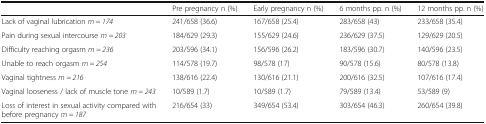
|  | Pre pregnancy n (%) | Early pregnancy n (%) | 6 months pp. n (%) | 12 months pp. n (%) |
 | --- | --- | --- | --- | --- |
 | Lack of vaginal lubrication m = 174 | 241/658 (36.6) | 167/658 (25.4) | 283/658 (43) | 233/658 (35.4) |
 | Pain during sexual intercourse m = 203 | 184/629 (29.3) | 155/629 (24.6) | 236/629 (37.5) | 129/629 (20.5) |
 | Difficulty reaching orgasm m = 236 | 203/596 (34.1) | 156/596 (26.2) | 183/596 (30.7) | 140/596 (23.5) |
 | Unable to reach orgasm m = 254 | 114/578 (19.7) | 98/578 (17) | 90/578 (15.6) | 80/578 (13.8) |
 | Vaginal tightness m = 216 | 138/616 (22.4) | 130/616 (21.1) | 200/616 (32.5) | 107/616 (17.4) |
 | Vaginal looseness / lack of muscle tone m = 243 | 10/589 (1.7) | 10/589 (1.7) | 79/589 (13.4) | 53/589 (9) |
 | Loss of interest in sexual activity compared with before pregnancy m = 187 | 216/654 (33) | 349/654 (53.4) | 303/654 (46.3) | 260/654 (39.8) |